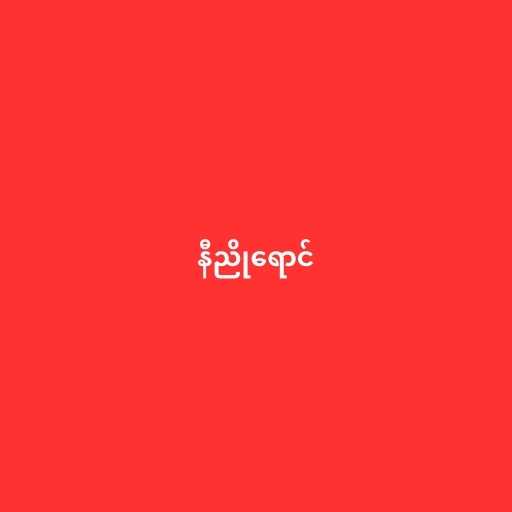
နီညိုရောင်